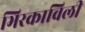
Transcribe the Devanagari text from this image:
भिरकाविली